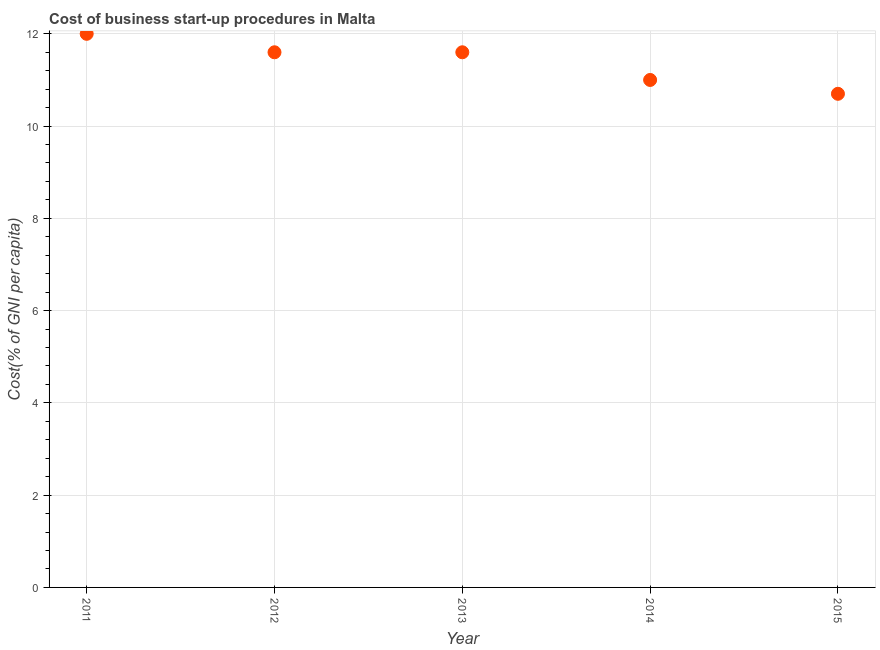
| Year | Cost |
 | --- | --- |
 | 2011 | 12 |
 | 2012 | 11.6 |
 | 2013 | 11.6 |
 | 2014 | 11 |
 | 2015 | 10.7 |